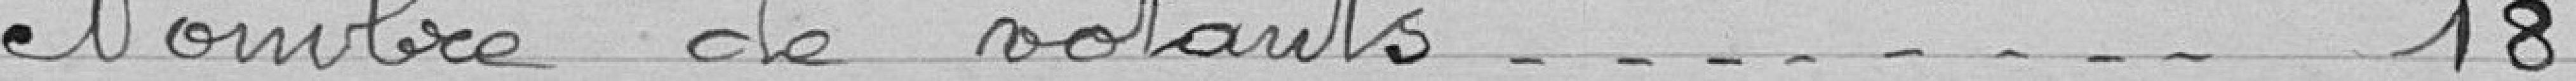
Nombre de votants 18